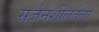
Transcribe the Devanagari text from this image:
सर्जनशीलतेला